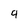
Character: 9